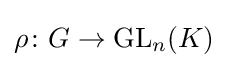
\rho \colon G\to \operatorname {GL} _{n}(K)